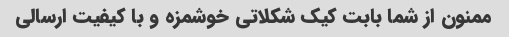
ممنون از شما بابت کیک شکلاتی خوشمزه و با کیفیت ارسالی